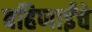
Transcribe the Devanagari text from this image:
बहिणाईंचे